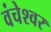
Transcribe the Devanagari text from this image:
वंचेश्वर